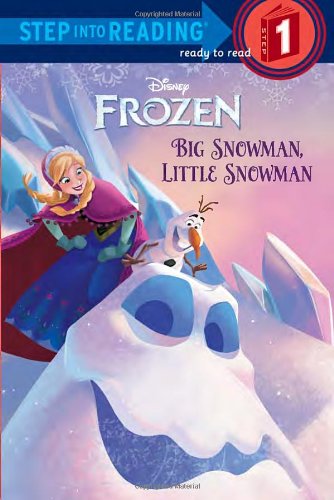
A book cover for Big Snowman, Little Snowman (Disney Frozen) (Step into Reading); Tish Rabe; Children's Books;